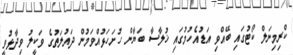
ކްރިމިނަލް ކޯޓުގައި ބޭއްވި އަޑުއެހުމުގައި ޚުލާސާ ބަޔާން ހުށަހަޅުއްވަމުން ދައުލަތުގެ ވަކީލު ވިދާޅުވީ